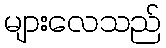
များလေသည်